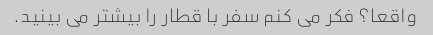
واقعا؟ فکر می کنم سفر با قطار را بیشتر می بینید.